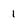
Character: 1